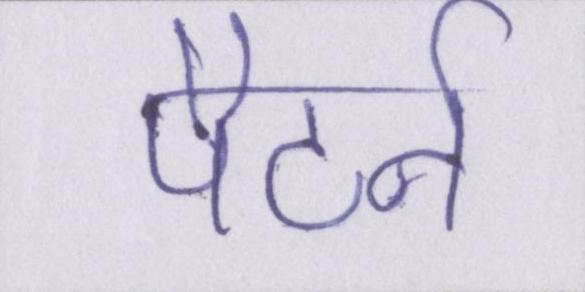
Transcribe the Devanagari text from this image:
पैटर्न